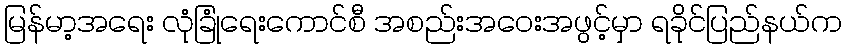
မြန်မာ့အရေး လုံခြုံရေးကောင်စီ အစည်းအဝေးအဖွင့်မှာ ရခိုင်ပြည်နယ်က